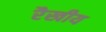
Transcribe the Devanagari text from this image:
रैखीय